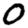
Digit: 0